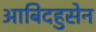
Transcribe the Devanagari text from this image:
आबिदहुसेन